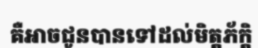
គឺអាចជូនបានទៅដល់មិត្តភ័ក្តិ